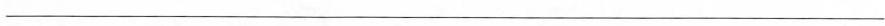
___